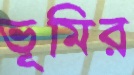
ভূমির